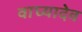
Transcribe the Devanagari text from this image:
वाघ्यादेव